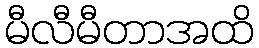
မီလီမီတာအထိ